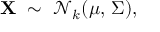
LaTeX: \mathbf { X } \ \sim \ { \mathcal { N } } _ { k } ( { \boldsymbol { \mu } } , \, { \boldsymbol { \Sigma } } ) ,